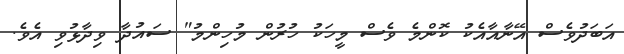
އަބަދުވެސް އޭނާއާއެކު ކޮންމެ ވެސް މީހަކު ހުރުން މުހިންމު" ސައުދާ ވިދާޅުވި އެވެ.